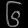
Digit: ၆